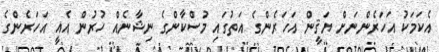
އެކަމަކު އަހަރެންނަށް ޔަޤީން އަހަރެންގެ އަތުގައި މުސްކާންގެ ނިޝާނެއް ހުރުން އެއީ އަހަރެންގެ